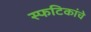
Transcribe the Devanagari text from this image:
स्फटिकांचे